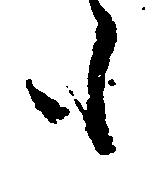
も